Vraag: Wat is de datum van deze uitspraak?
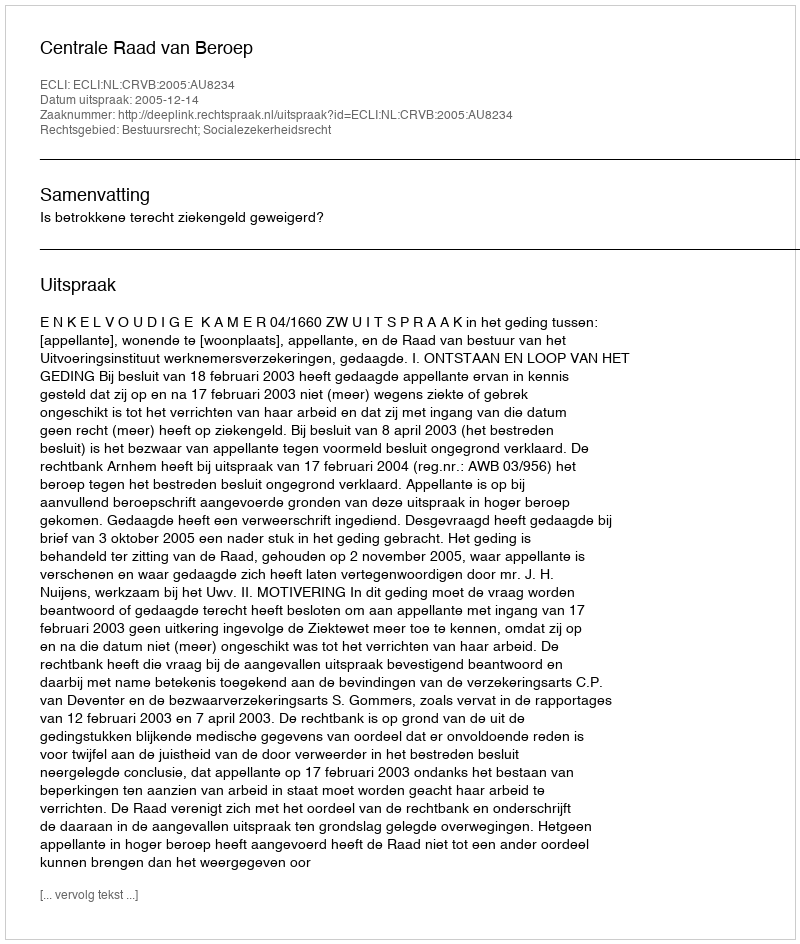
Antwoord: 2005-12-14